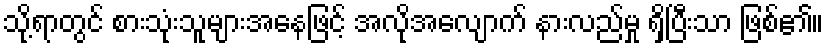
သို့ရာတွင် စားသုံးသူများအနေဖြင့် အလိုအလျောက် နားလည်မှု ရှိပြီးသာ ဖြစ်၏။